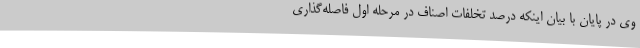
وی در پایان با بیان اینکه درصد تخلفات اصناف در مرحله اول فاصله‌گذاری